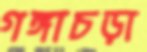
গঙ্গাচড়া